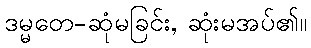
ဒမ္မတေ-ဆုံမခြင်း, ဆုံးမအပ်၏။